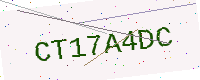
Text: CT17A4DC